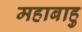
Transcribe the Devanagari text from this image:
महाबाहु